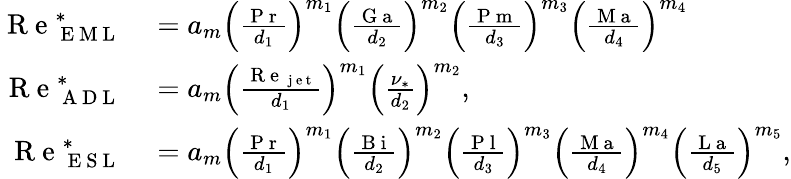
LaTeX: \begin{array}{rl}{\mathrm{~R~e~}_{\mathrm{~E~M~L~}}^{\ast}}&{{}=a_{m}\left(\frac{\mathrm{~P~r~}}{d_{1}}\right)^{m_{1}}\left(\frac{\mathrm{~G~a~}}{d_{2}}\right)^{m_{2}}\left(\frac{\mathrm{~P~m~}}{d_{3}}\right)^{m_{3}}\left(\frac{\mathrm{~M~a~}}{d_{4}}\right)^{m_{4}}}\\ {\mathrm{~R~e~}_{\mathrm{~A~D~L~}}^{\ast}}&{{}=a_{m}\left(\frac{\mathrm{~R~e~}_{\mathrm{~j~e~t~}}}{d_{1}}\right)^{m_{1}}\left(\frac{\nu_{\ast}}{d_{2}}\right)^{m_{2}},}\\ {\mathrm{~R~e~}_{\mathrm{~E~S~L~}}^{\ast}}&{{}=a_{m}\left(\frac{\mathrm{~P~r~}}{d_{1}}\right)^{m_{1}}\left(\frac{\mathrm{~B~i~}}{d_{2}}\right)^{m_{2}}\left(\frac{\mathrm{~P~l~}}{d_{3}}\right)^{m_{3}}\left(\frac{\mathrm{~M~a~}}{d_{4}}\right)^{m_{4}}\left(\frac{\mathrm{~L~a~}}{d_{5}}\right)^{m_{5}},}\end{array}